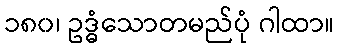
၁၈၀၊ ဥဒ္ဓံသောတမည်ပုံ ဂါထာ။